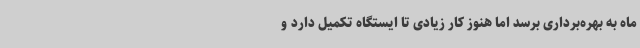
ماه به بهره‌برداری برسد اما هنوز کار زیادی تا ایستگاه تکمیل دارد و